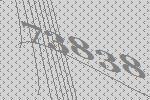
73838